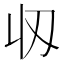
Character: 𬻲